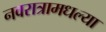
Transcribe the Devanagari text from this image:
नवरात्रामधल्या